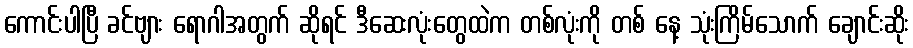
ကောင်းပါပြီ ခင်ဗျား ရောဂါအတွက် ဆိုရင် ဒီဆေးလုံးတွေထဲက တစ်လုံးကို တစ် နေ့ သုံးကြိမ်သောက် ချောင်းဆိုး